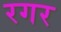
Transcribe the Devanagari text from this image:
रगर